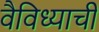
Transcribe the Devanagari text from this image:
वैविध्याची